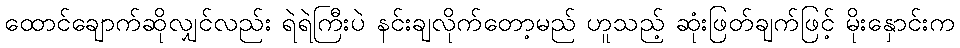
ထောင်ချောက်ဆိုလျှင်လည်း ရဲရဲကြီးပဲ နင်းချလိုက်တော့မည် ဟူသည့် ဆုံးဖြတ်ချက်ဖြင့် မိုးနှောင်းက